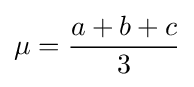
\mu ={\frac {a+b+c}{3}}